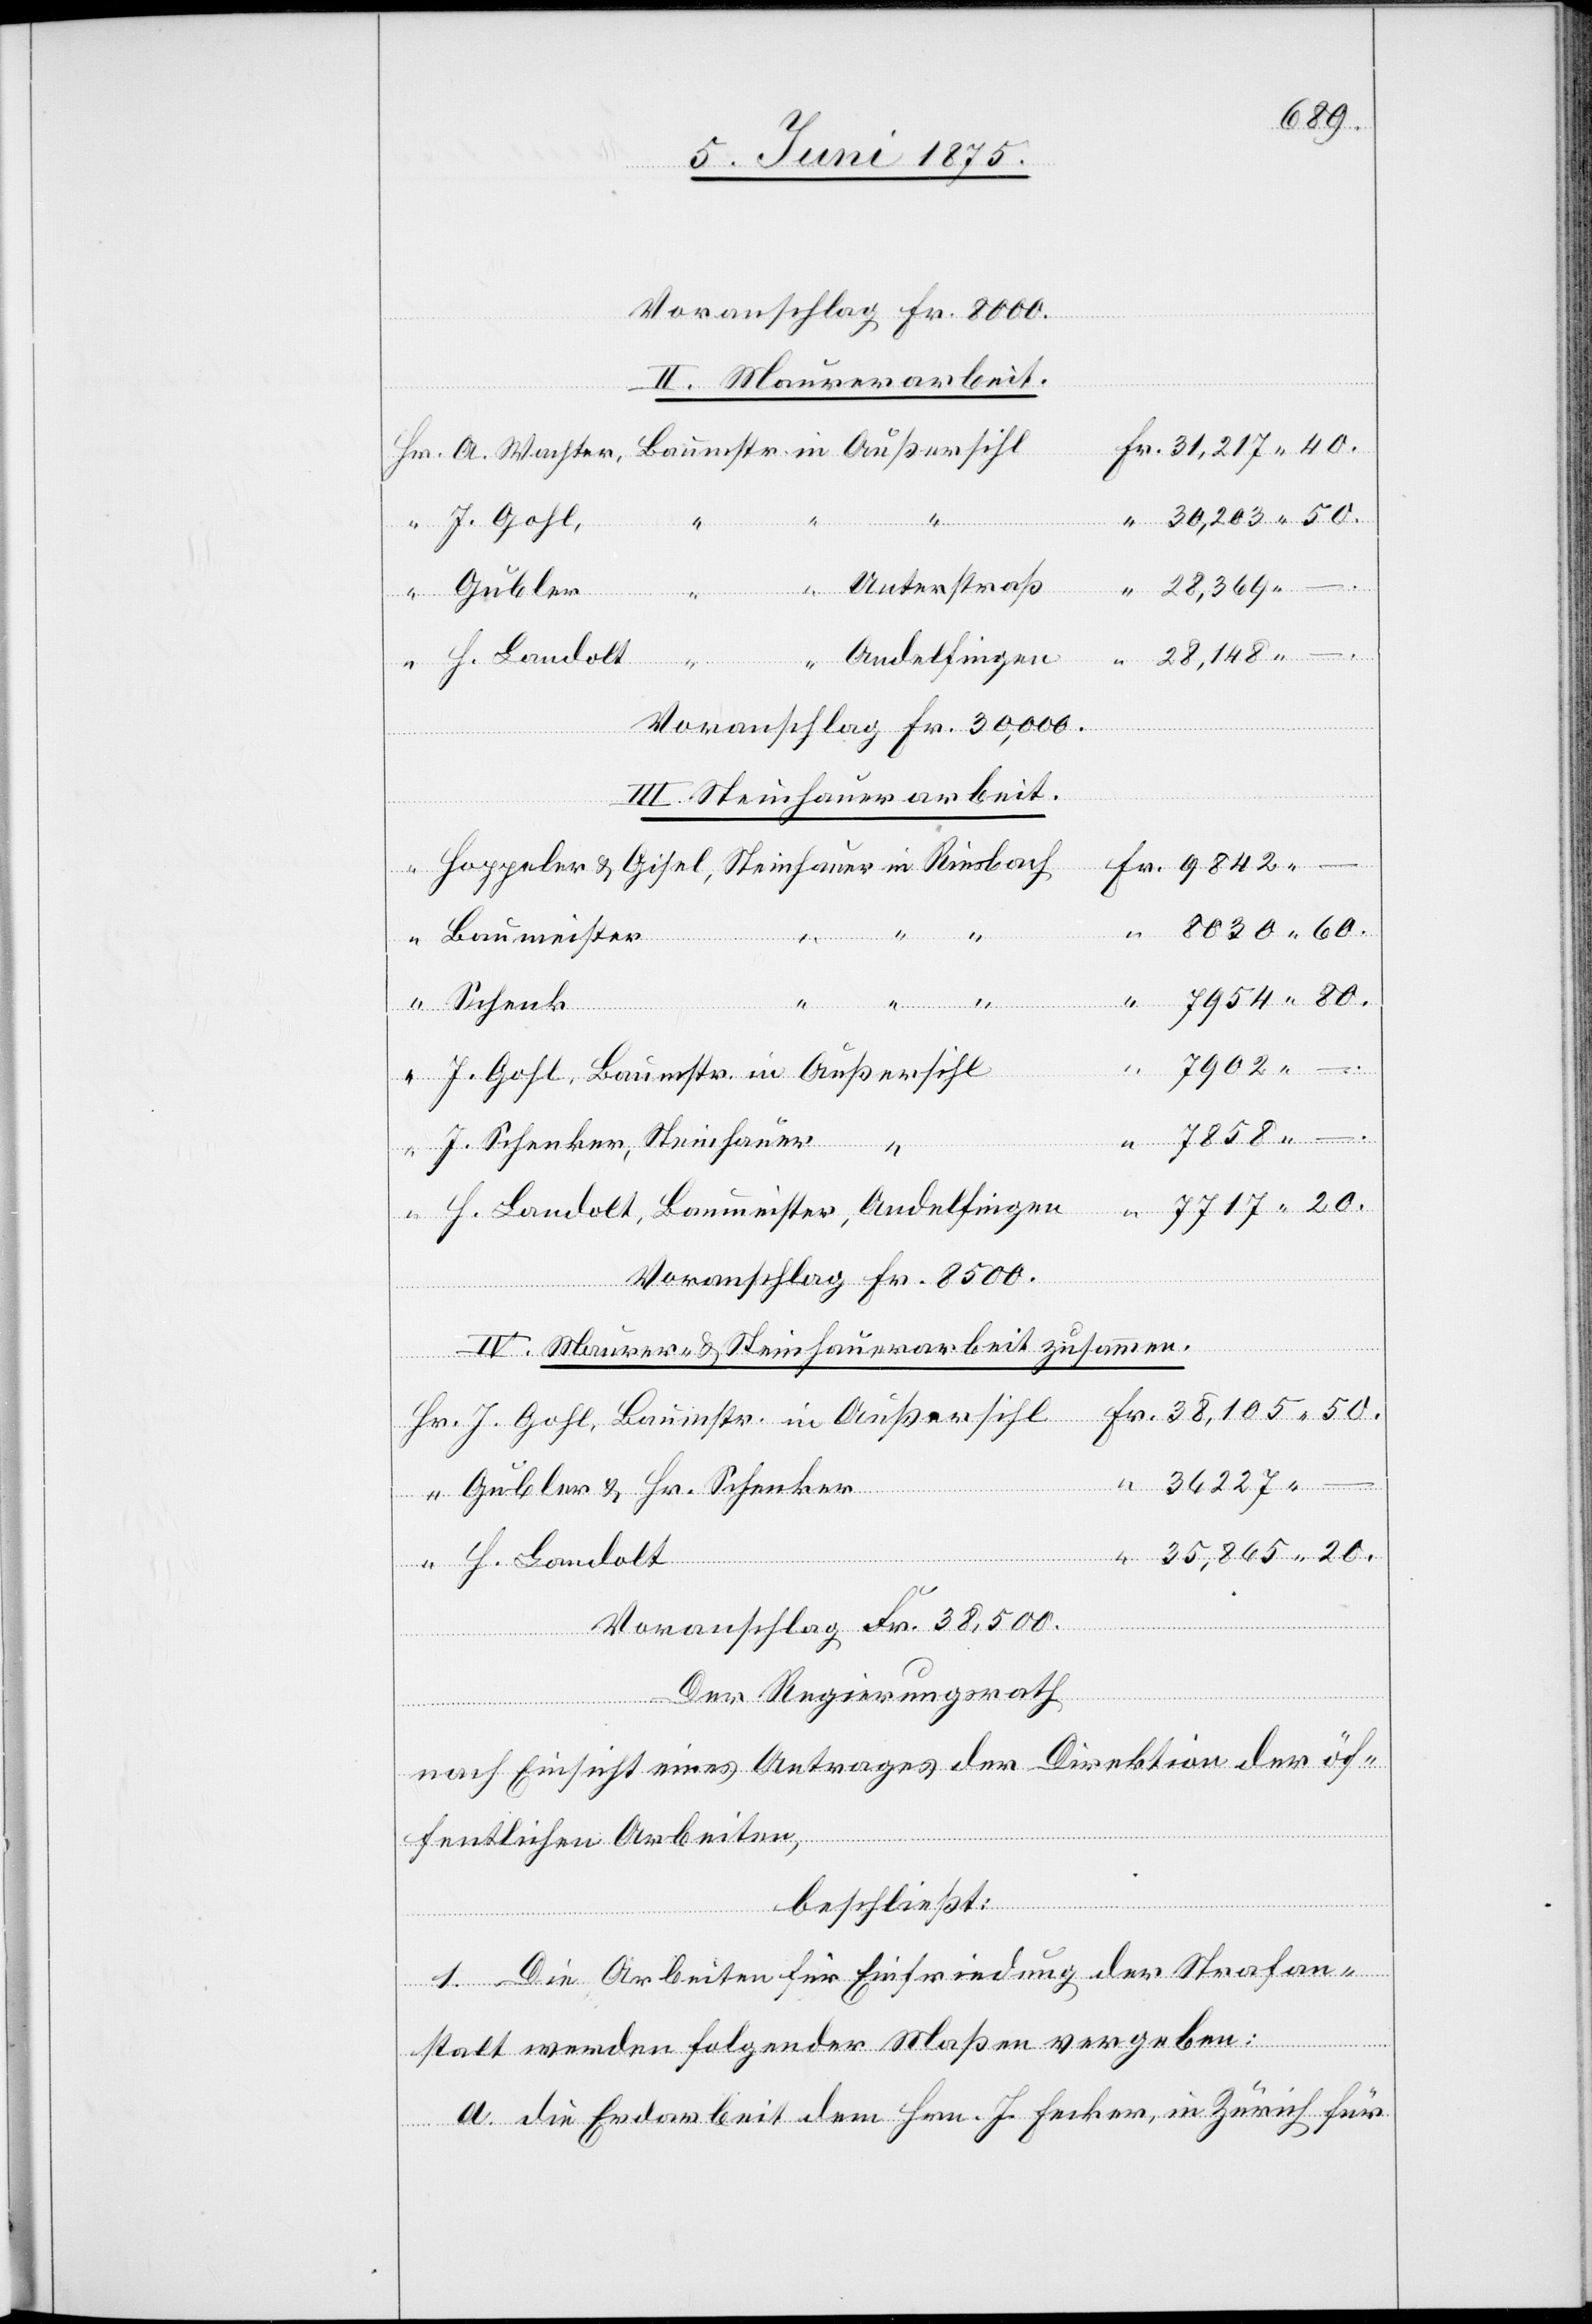
Voranschlag Fr. 8000.
II. Maurerarbeit.
J. Gohl
–.
Andelfingen
38,105
–.
H. Landolt
Voranschlag Fr. 30,000.
III. Steinhauerarbeit.
8030 60.
Baumeister,
“
J. Schenker
J. Gohl, Baumstr. in Außersihl
in
40.
Voranschlag Fr. 8500.
IV. Maurer & Steinhauerarbeit zusammen.
Hr.
36,227
Gubler & Hr. Schenker
35,865 20.
Voranschlag Fr. 38,500.
Fr.
Der Regierungsrath
nach Einsicht eines Antrags der Direktion der öf¬
fentlichen Arbeiten,
beschließt.
1. Die Arbeiten für Einfriedung der Strafan¬
stalt werden folgender Maßen vergeben:
a. die Erdarbeit dem Hrn. J. Fecker, in Zürich für